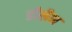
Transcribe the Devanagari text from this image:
डीलैन